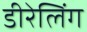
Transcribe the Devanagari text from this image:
डीरेलिंग